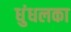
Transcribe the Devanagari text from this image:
धुंधलका